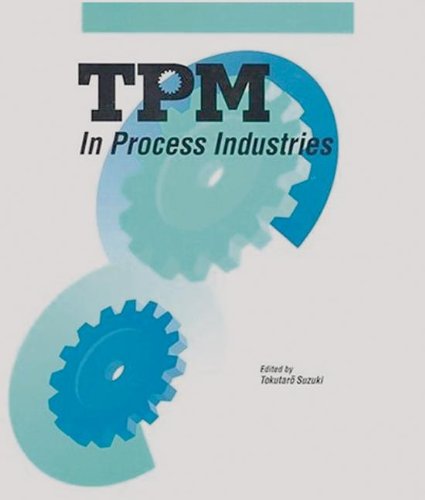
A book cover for TPM in Process Industries (Step-By-Step Approach to TPM Implementation); Tokutaro Suzuki; Business & Money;